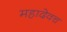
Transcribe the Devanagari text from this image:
महादेवच